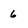
Character: 6